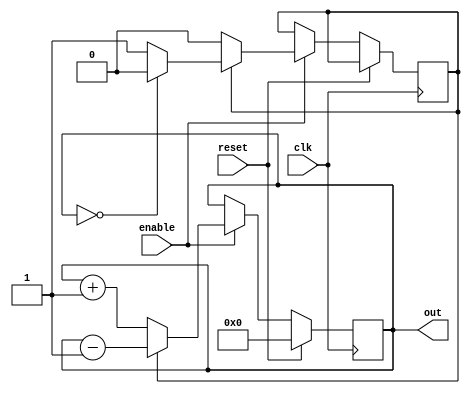
//-----------------------------------------------------
// Design Name : up_counter
// Function    : Up counter
// Coder     : Deepak
//-----------------------------------------------------
module ramp(
out     ,  // Output of the counter
enable  ,  // enable for counter
clk     ,  // clock Input
reset      // reset Input
);
//----------Output Ports--------------
    output [7:0] out;
//------------Input Ports--------------
     input enable, clk, reset;
//------------Internal Variables--------
	 reg count_state = 0; // up or down
    reg [7:0] out;
//-------------Code Starts Here-------
always @(posedge clk)
if (reset) begin
  out <= 8'b0 ;
end else if (enable) begin

	if(count_state == 0)begin // up
		out <= out + 1;
	
		if(out == (512-1))begin // max val of count	
			count_state = 1;
		end
		
	end else begin
		out <= out - 1;
		
		if(out == 0)begin
			count_state = 0;
		end
		
	end
	
end


endmodule